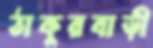
ঠাকুরবাড়ী